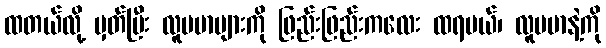
ထတယ်လို့ မှတ်ပြီး လူမမာများကို ဖြည်းဖြည်းကလေး ထရမယ်၊ လူမမာနဲ့ကို